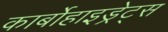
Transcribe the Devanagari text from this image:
कार्बोहाइड्रेट्‌स